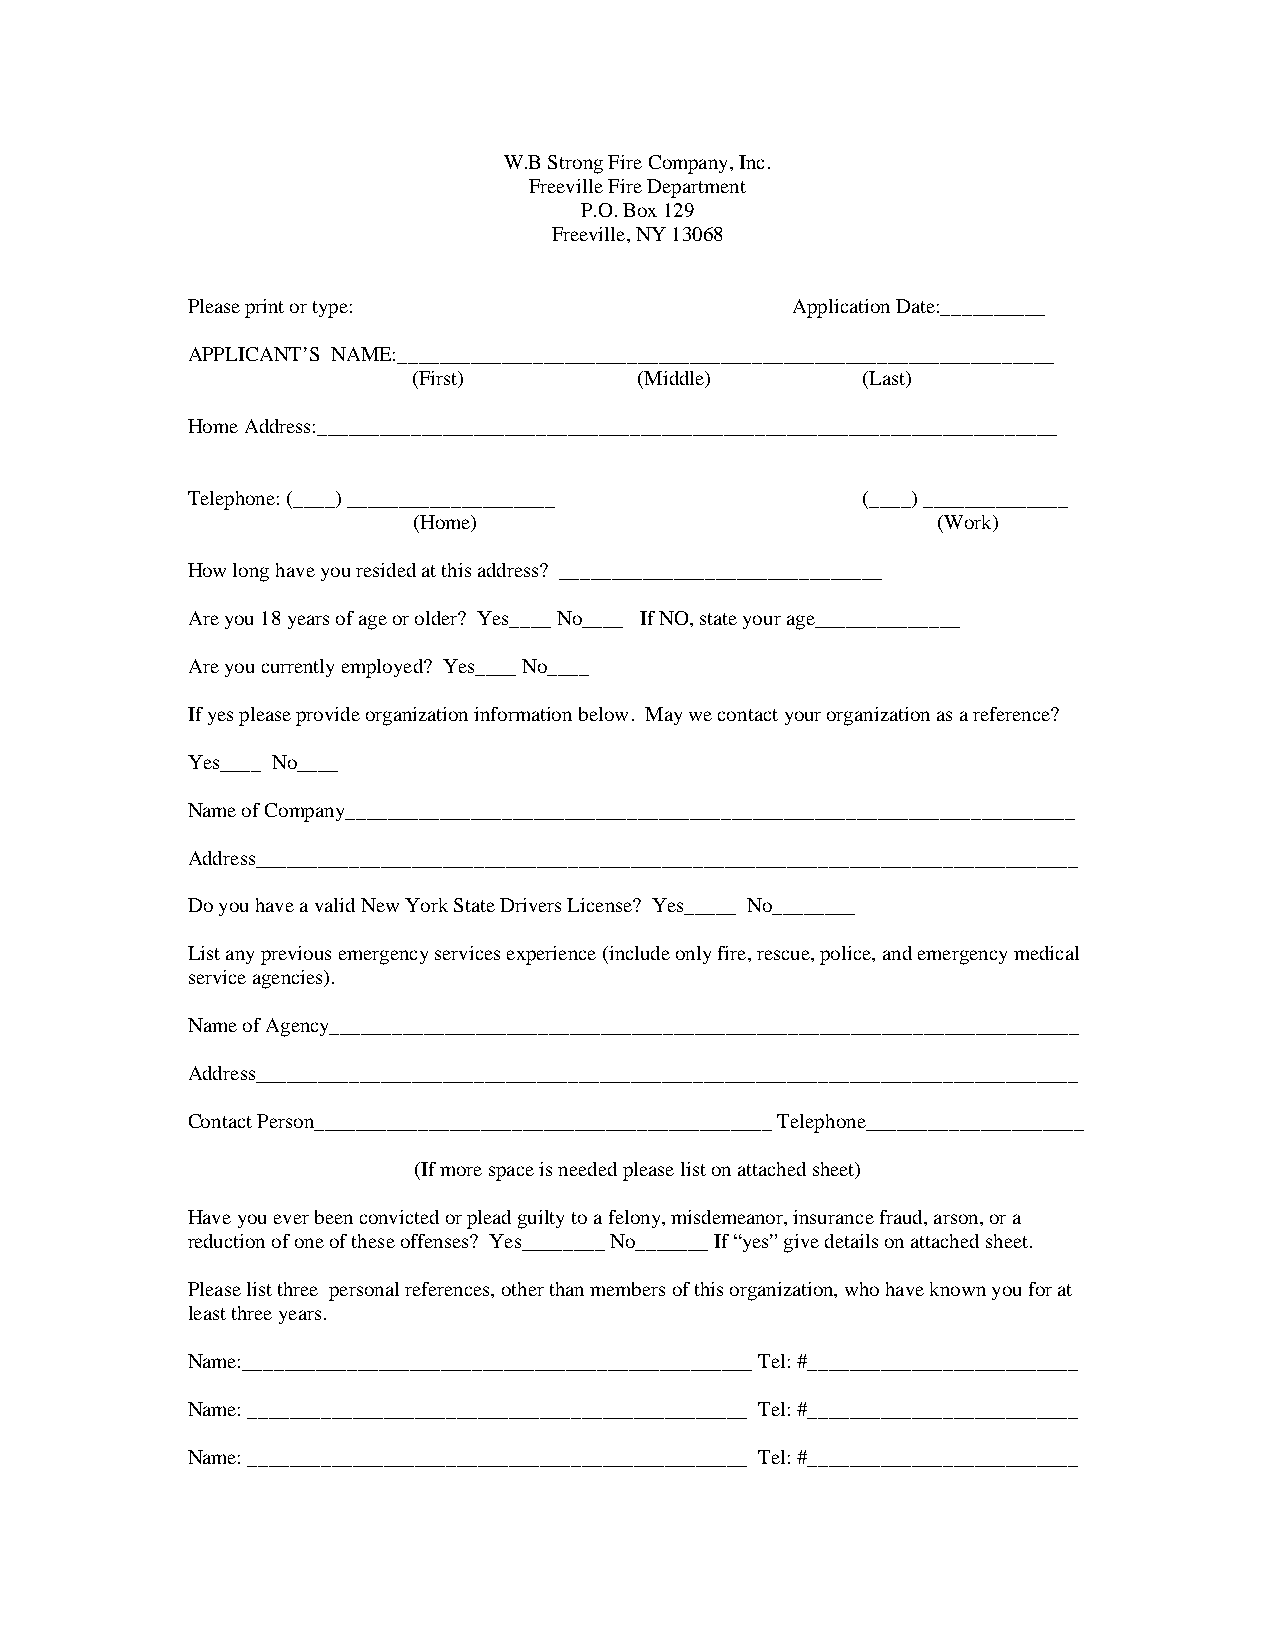
W.B Strong Fire Company, Inc.
 Freeville Fire Department
 P.O. Box 129
 Freeville, NY 13068
 Please print or type:                   Application Date:__________
 APPLICANT’S NAME:_______________________________________________________________
 (First)        (Middle)       (Last)
 Home Address:_______________________________________________________________________
 Telephone: (____) ____________________       (____) ______________
 (Home)                             (Work)
 How long have you resided at this address? _______________________________
 Are you 18 years of age or older? Yes____ No____ If NO, state your age______________
 Are you currently employed? Yes____ No____
 If yes please provide organization information below. May we contact your organization as a reference?
 Yes____ No____
 Name of Company______________________________________________________________________
 Address_______________________________________________________________________________
 Do you have a valid New York State Drivers License? Yes_____ No________
 List any previous emergency services experience (include only fire, rescue, police, and emergency medical
 service agencies).
 Name of Agency________________________________________________________________________
 Address_______________________________________________________________________________
 Contact Person____________________________________________ Telephone_____________________
 (If more space is needed please list on attached sheet)
 Have you ever been convicted or plead guilty to a felony, misdemeanor, insurance fraud, arson, or a
 reduction of one of these offenses? Yes________ No_______ If “yes” give details on attached sheet.
 Please list three personal references, other than members of this organization, who have known you for at
 least three years.
 Name:_________________________________________________ Tel: #__________________________
 Name: ________________________________________________ Tel: #__________________________
 Name: ________________________________________________ Tel: #__________________________